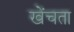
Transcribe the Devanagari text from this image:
खेंचता